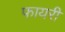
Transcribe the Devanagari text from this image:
फायरी